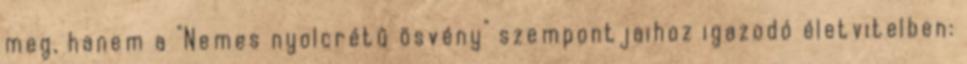
meg, hanem a "Nemes nyolcrétű ösvény" szempontjaihoz igazodó életvitelben: